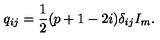
q _ { i j } = \frac { 1 } { 2 } ( p + 1 - 2 i ) \delta _ { i j } I _ { m } .